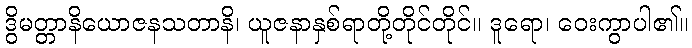
ဒွိမတ္တာနိယောဇနသတာနိ၊ ယူဇနာနှစ်ရာတို့တိုင်တိုင်။ ဒူရော၊ ဝေးကွာပါ၏။